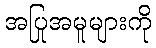
အပြုအမူများကို